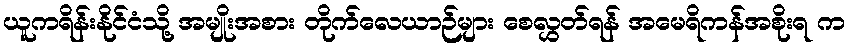
ယူကရိန်းနိုင်ငံသို့ အမျိုးအစား တိုက်လေယာဉ်များ စေလွှတ်ရန် အမေရိကန်အစိုးရ က